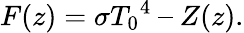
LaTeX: F(z)=\sigma{T_{0}}^{4}\ –\ Z(z).